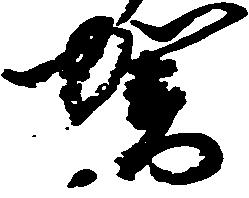
賀